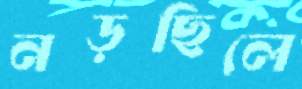
নড়ছিলে